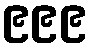
၉၉၉